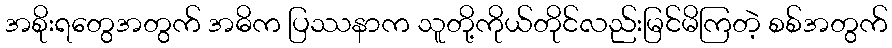
အစိုးရတွေအတွက် အဓိက ပြဿနာက သူတို့ကိုယ်တိုင်လည်းမြင်မိကြတဲ့ စစ်အတွက်